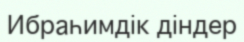
Ибраһимдік діндер